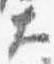
大